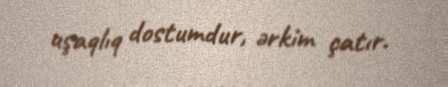
uşaqlıq dostumdur, ərkim çatır.